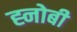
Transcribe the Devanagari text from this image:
ह्नोबी